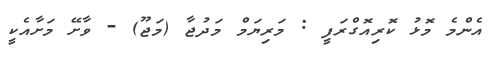
އެންމެ މޮޅު ކޮރިއޮގްރަފީ : މަރިޔަމް މަދުޖާ (މަޖޫ) - ވާށޭ މަށާއެކީ